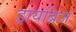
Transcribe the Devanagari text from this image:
ड्रायब्रिज